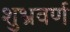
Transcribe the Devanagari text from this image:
शुभ्रवर्ण